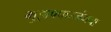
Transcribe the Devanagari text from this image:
मुझफ्फरजंगचा